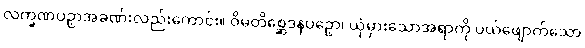
လက္ခဏပဉှာအခဏ်းလည်းကောင်း။ ဝိမတိစ္ဆေဒနပဉှော၊ ယုံမှားသောအရာကို ပယ်ဖျောက်သော